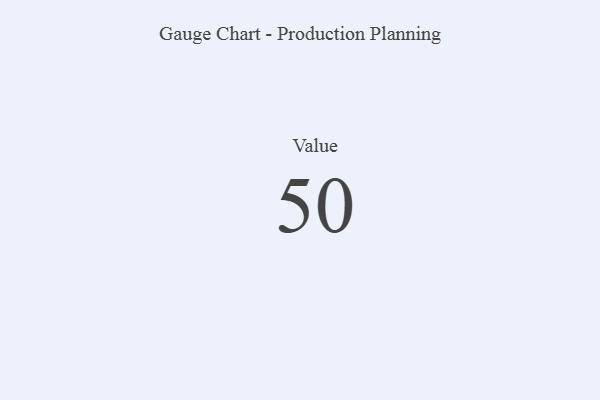
{"axis": {"x": "Metric", "y": "Value"}, "legend": [""], "data": [{"x": "Value", "y": 50, "type": ""}]}